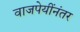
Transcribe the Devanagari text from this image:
वाजपेयींनंतर